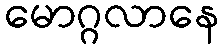
မောဂ္ဂလာနေ